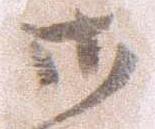
御